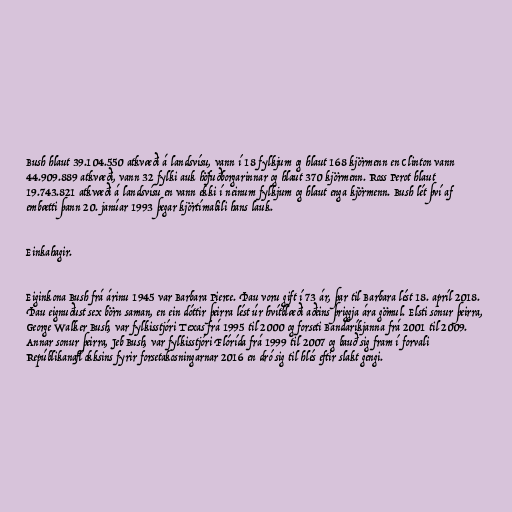
Bush hlaut 39.104.550 atkvæði á landsvísu, vann í 18 fylkjum og hlaut 168 kjörmenn en Clinton vann
44.909.889 atkvæði, vann 32 fylki auk höfuðborgarinnar og hlaut 370 kjörmenn. Ross Perot hlaut
19.743.821 atkvæði á landsvísu en vann ekki í neinum fylkjum og hlaut enga kjörmenn. Bush lét því af
embætti þann 20. janúar 1993 þegar kjörtímabili hans lauk.

Einkahagir.

Eiginkona Bush frá árinu 1945 var Barbara Pierce. Þau voru gift í 73 ár, þar til Barbara lést 18. apríl 2018.
Þau eignuðust sex börn saman, en ein dóttir þeirra lést úr hvítblæði aðeins þriggja ára gömul. Elsti sonur þeirra,
George Walker Bush, var fylkisstjóri Texas frá 1995 til 2000 og forseti Bandaríkjanna frá 2001 til 2009.
Annar sonur þeirra, Jeb Bush, var fylkisstjóri Flórída frá 1999 til 2007 og bauð sig fram í forvali
Repúblikanaflokksins fyrir forsetakosningarnar 2016 en dró sig til hlés eftir slakt gengi.